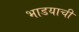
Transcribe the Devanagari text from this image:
भाडयाची